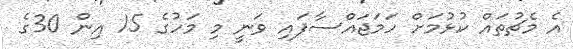
އެ މެޗުތައް ކުޅުމަށް ހަމަޖައްސާފައި ވަނީ މި މަހުގެ 15 އިން 30ގެ